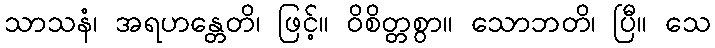
သာသနံ၊ အရဟန္တေတိ၊ ဖြင့်။ ဝိစိတ္တစွာ။ သောဘတိ၊ ပြီ။ သေ